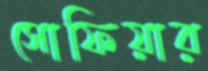
সোফিয়ার